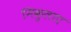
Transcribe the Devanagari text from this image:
निकुलाए